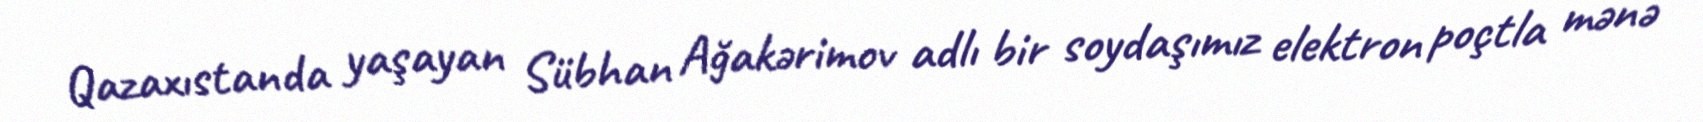
Qazaxıstanda yaşayan Sübhan Ağakərimov adlı bir soydaşımız elektron poçtla mənə